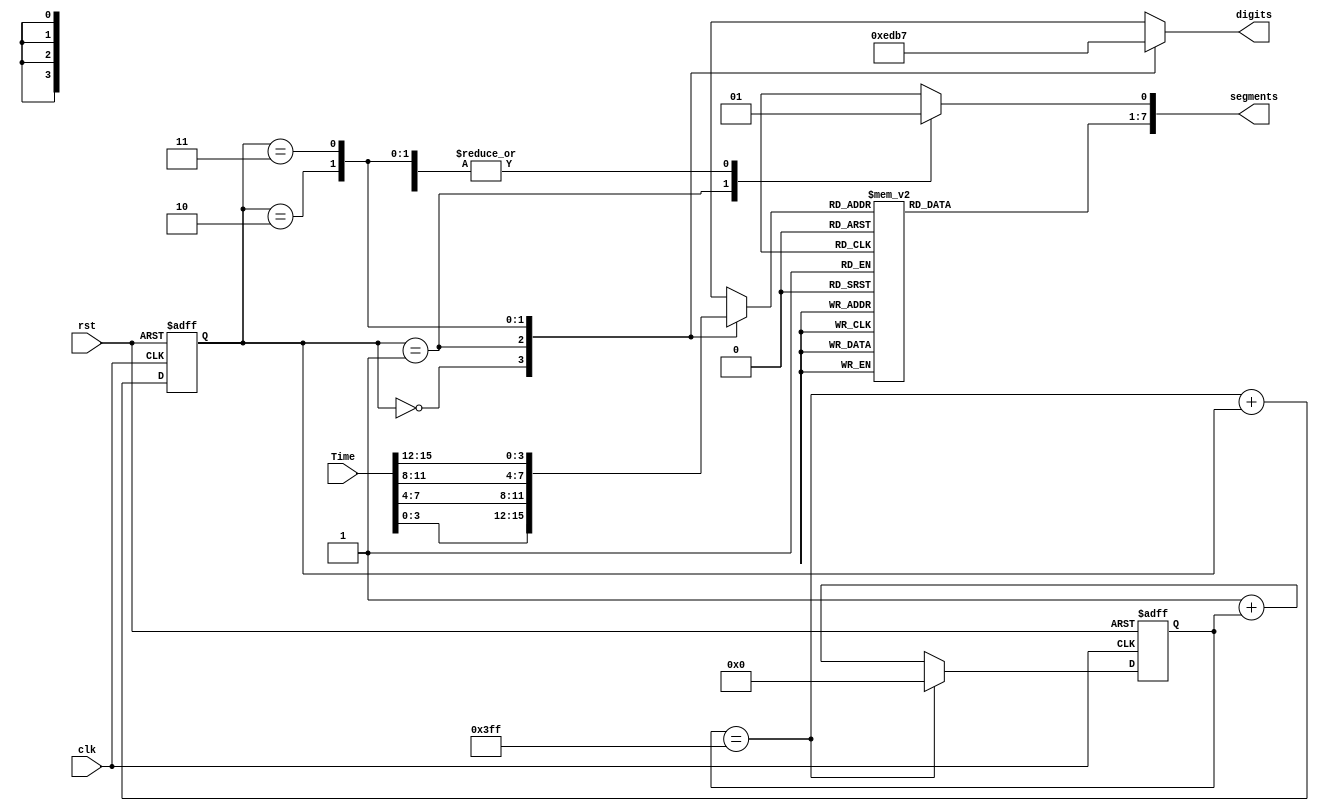
`timescale 1ns / 1ps
//////////////////////////////////////////////////////////////////////////////////
// Company: 
// Engineer: 
// 
// Design Name: 
// Module Name:    DiverCounter 
// Project Name: 
// Target Devices: 
// Tool versions: 
// Description: 
//
// Dependencies: 
//
// Revision: 
// Revision 0.01 - File Created
// Additional Comments: 
//
//////////////////////////////////////////////////////////////////////////////////
module DiverCounter(
  
    input clk,
    input rst,
    input [15:0] Time,
    output wire [7:0] segments,
	 output reg [3:0] digits //Will need to be changed
    );
reg [1:0] Q;
reg [9:0] s;
wire [1:0] nextQ;
reg [6:0] valdisp;
wire z, high;
wire [9:0] count, sum;
reg [3:0] tdisp;
//slow pulse generator for display

assign high =1'b1;
assign sum = high + s;
assign count = z ?  10'd0 : sum;

always@(posedge clk or posedge rst)
	if (rst) s <= 10'b0;
	else s <= count;
	
assign z = (s==10'd1023);
//end of slow pulse generator

reg dp; //wire for decimal point

//"-bit counter to act as a multiplexer selecter and display selecter
assign nextQ = z + Q;
always@(posedge clk or posedge rst)
    if (rst) Q <= 2'b00;
    else Q <= nextQ;
    
//Selects which bits of the 16bit counter to display and which segment to display them on
always @(Time or Q)
case (Q)
	2'b00: begin tdisp = Time[3:0];  //displays 1st set of bits on required segments
			 digits = 4'b1110;
          dp = 1'b1; end
			 
	2'b01: begin tdisp = Time[7:4];  //displays 2nd set of bits on required segments
	       digits = 4'b1101; 
			 dp = 1'b0; end
			 
	2'b10: begin tdisp = Time[11:8]; //displays 3rd set of bits on required segments
	       digits = 4'b1011; 
			 dp = 1'b1; end
			 
	2'b11: begin tdisp = Time[15:12];//displays 4th set of bits on required segments
			 digits = 4'b0111;
			 dp = 1'b1; end
			 
   default: begin 		 tdisp = Time[15:12]; //default should never arise
								 digits = 4'b0111; 
								 dp = 1'b1; end
endcase


//Look-up-table to decide which output is sent to the seven segment display
always@(tdisp)
case(tdisp)
	
	4'b0000: valdisp = 7'b0000001; //display fig 0
	4'b0001: valdisp = 7'b1001111; //display fig 1
	4'b0010: valdisp = 7'b0010010; //display fig 2
	4'b0011: valdisp = 7'b0000110; //display fig 3
	4'b0100: valdisp = 7'b1001100; //display fig 4
	4'b0101: valdisp = 7'b0100100; //display fig 5
	4'b0110: valdisp = 7'b0100000; //display fig 6
	4'b0111: valdisp = 7'b0001111; //display fig 7
	4'b1000: valdisp = 7'b0000000; //display fig 8	
	4'b1001: valdisp = 7'b0000100; //display fig 9
   4'b1010: valdisp = 7'b0001000; //display fig A
   4'b1011: valdisp = 7'b1100000; //display fig B
	4'b1100: valdisp = 7'b0110001; //display fig C
	4'b1101: valdisp = 7'b0110001; //display fig D
   4'b1110: valdisp = 7'b0110000; //display fig E
	4'b1111: valdisp = 7'b0111000; //display fig F

endcase
/*
always@(digits)
case (digits)

4'b1101: dp=1'b0;
default: dp=1'b1;
*/
	assign segments = {valdisp,dp};
	
	
endmodule